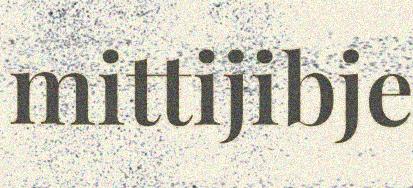
mittijibje